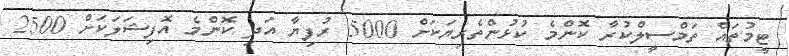
ޓީމުތައް ތަމްސީލްކުރާ ކޮންމެ ކުޅުންތެރިޔަކަށް 5000 ރުފިޔާ އަދި ކޮންމެ އޮފިޝަލަކަށް 2500